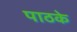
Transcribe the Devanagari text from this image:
पाठके